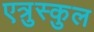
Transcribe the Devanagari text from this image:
एत्रुस्कुल